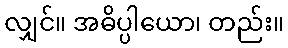
လျှင်။ အဓိပ္ပါယော၊ တည်း။